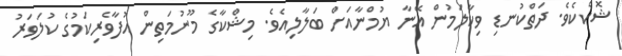
ޝޮކެކެވެ. ދަތްކުނޑި ވިކާލަމުން އޭނާ ޔުމްނާއަށް ބަލާލިއެވެ. މިޝްކާގެ މޫނުމަތިން އުފާވެރިކަމުގެ ކުލަވަރު